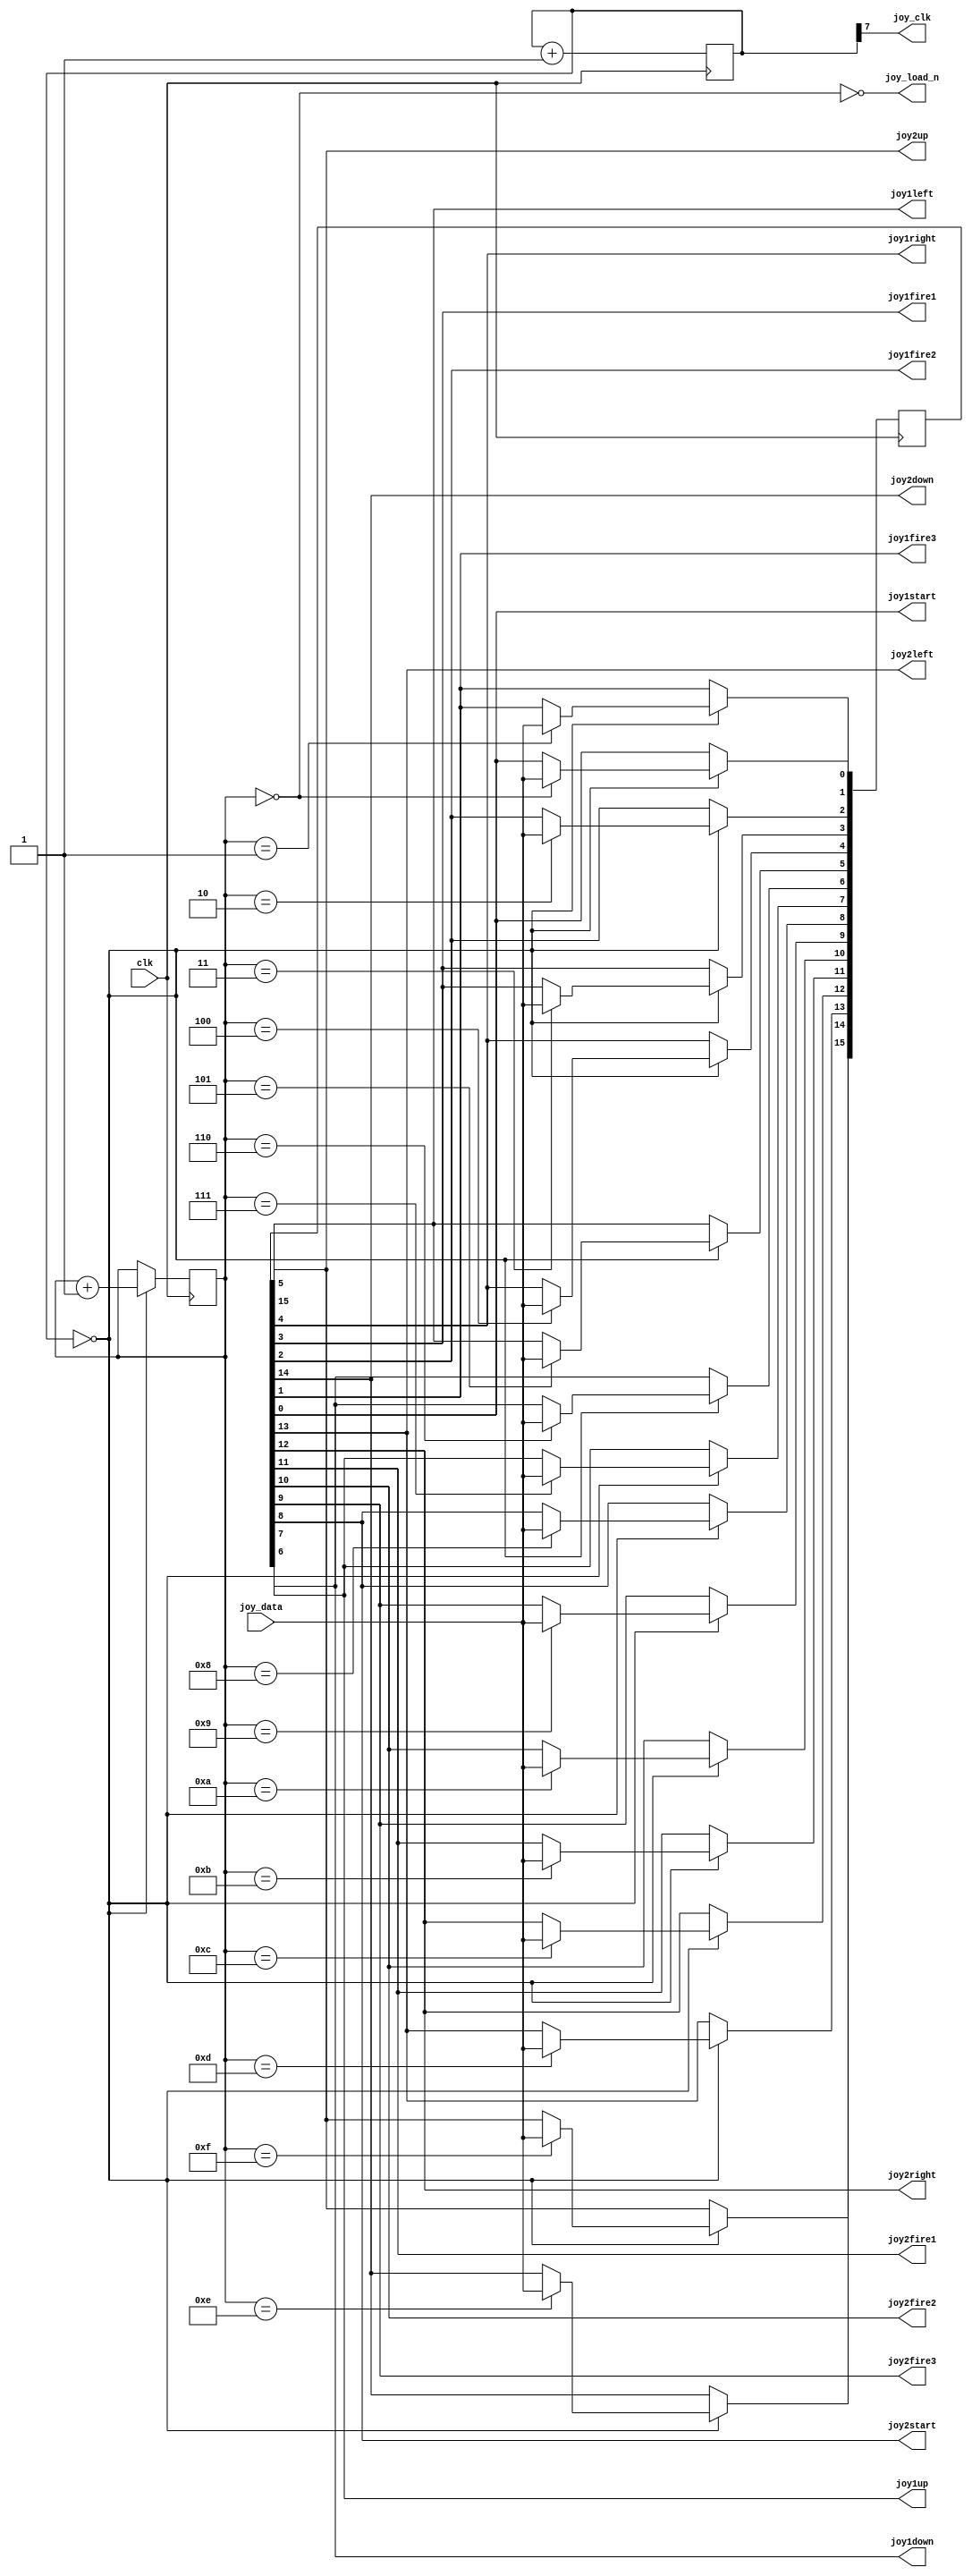
`timescale 1ns / 1ps
`default_nettype none

//////////////////////////////////////////////////////////////////////////////////
// Company: 
// Engineer: 
// 
// Design Name: 
// Module Name:    joydecoder 
// Project Name: 
// Target Devices: 
// Tool versions: 
// Description: 
//
// Dependencies: 
//
// Revision: 
// Revision 0.01 - File Created
// Additional Comments: 
//
//////////////////////////////////////////////////////////////////////////////////

module joydecoder (
  input wire clk,
  input wire joy_data,
  output wire joy_clk,
  output wire joy_load_n,
  output wire joy1up,
  output wire joy1down,
  output wire joy1left,
  output wire joy1right,
  output wire joy1fire1,
  output wire joy1fire2,
  output wire joy1fire3,
  output wire joy1start,
  output wire joy2up,
  output wire joy2down,
  output wire joy2left,
  output wire joy2right,
  output wire joy2fire1,
  output wire joy2fire2,
  output wire joy2fire3,
  output wire joy2start  
  );
  
  reg [7:0] clkdivider = 8'h00;
  assign joy_clk = clkdivider[7];
  always @(posedge clk)
    clkdivider <= clkdivider + 8'd1;
  wire clkenable = (clkdivider == 8'h00);

  reg [15:0] joyswitches = 16'hFFFF;//16'h0000;
  assign joy1up    = joyswitches[7];
  assign joy1down  = joyswitches[6];
  assign joy1left  = joyswitches[5];
  assign joy1right = joyswitches[4];
  assign joy1fire1 = joyswitches[3];
  assign joy1fire2 = joyswitches[2];
  assign joy1fire3 = joyswitches[1];
  assign joy1start = joyswitches[0];
  assign joy2up    = joyswitches[15];
  assign joy2down  = joyswitches[14];
  assign joy2left  = joyswitches[13];
  assign joy2right = joyswitches[12];
  assign joy2fire1 = joyswitches[11];
  assign joy2fire2 = joyswitches[10];
  assign joy2fire3 = joyswitches[9];
  assign joy2start = joyswitches[8];
  
  reg [3:0] state = 4'd0;
  assign joy_load_n = ~(state == 4'd0);
  
  always @(posedge clk) begin
    if (clkenable == 1'b1) begin
      state <= state + 4'd1;
      //joyswitches[state] <= ~joy_data;
      case (state)
//        4'd0:  joyswitches[0]  <= ~joy_data;
//        4'd1:  joyswitches[1]  <= ~joy_data;
//        4'd2:  joyswitches[2]  <= ~joy_data;
//        4'd3:  joyswitches[3]  <= ~joy_data;
//        4'd4:  joyswitches[4]  <= ~joy_data;
//        4'd5:  joyswitches[5]  <= ~joy_data;
//        4'd6:  joyswitches[6]  <= ~joy_data;
//        4'd7:  joyswitches[7]  <= ~joy_data;
//        4'd8:  joyswitches[8]  <= ~joy_data;
//        4'd9:  joyswitches[9]  <= ~joy_data;
//        4'd10: joyswitches[10] <= ~joy_data;
//        4'd11: joyswitches[11] <= ~joy_data;
//        4'd12: joyswitches[12] <= ~joy_data;
//        4'd13: joyswitches[13] <= ~joy_data;
//        4'd14: joyswitches[14] <= ~joy_data;
//        4'd15: joyswitches[15] <= ~joy_data;
        4'd0:  joyswitches[0]  <= joy_data;
        4'd1:  joyswitches[1]  <= joy_data;
        4'd2:  joyswitches[2]  <= joy_data;
        4'd3:  joyswitches[3]  <= joy_data;
        4'd4:  joyswitches[4]  <= joy_data;
        4'd5:  joyswitches[5]  <= joy_data;
        4'd6:  joyswitches[6]  <= joy_data;
        4'd7:  joyswitches[7]  <= joy_data;
        4'd8:  joyswitches[8]  <= joy_data;
        4'd9:  joyswitches[9]  <= joy_data;
        4'd10: joyswitches[10] <= joy_data;
        4'd11: joyswitches[11] <= joy_data;
        4'd12: joyswitches[12] <= joy_data;
        4'd13: joyswitches[13] <= joy_data;
        4'd14: joyswitches[14] <= joy_data;
        4'd15: joyswitches[15] <= joy_data;		  
		  
		  
      endcase
    end
  end
endmodule